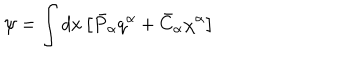
\psi = \int d x \left[ \bar { P } _ { \alpha } q ^ { \alpha } + \bar { C } _ { \alpha } \chi ^ { \alpha } \right]